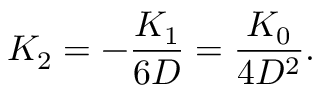
K _ { 2 } = - \frac { K _ { 1 } } { 6 D } = \frac { K _ { 0 } } { 4 D ^ { 2 } } .